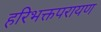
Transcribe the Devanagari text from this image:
हरिभक्तपरायण